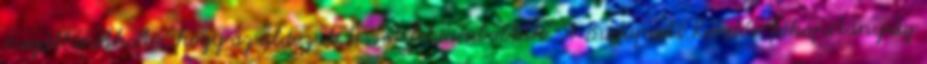
megállapítható, hogy az áldozat testét feldarabolták. A Budapesti Rendőr-főkapitányság